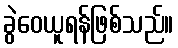
ခွဲဝေယူရန်ဖြစ်သည်။